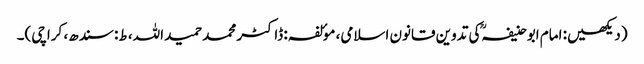
(دیکھیں: امام ابوحنیفہکی تدوین قانون اسلامی، موٴلفہ: ڈاکٹر محمد حمید اللہ، ط: سندھ، کراچی)۔